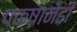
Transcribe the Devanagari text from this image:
पक्षानेही